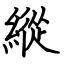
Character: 縱